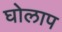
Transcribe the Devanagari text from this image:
घोलाप